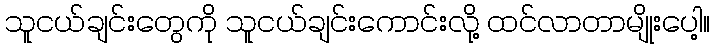
သူငယ်ချင်းတွေကို သူငယ်ချင်းကောင်းလို့ ထင်လာတာမျိုးပေါ့။